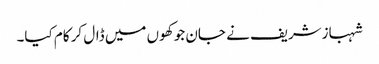
شہبازشریف نے جان جو کھوں میں ڈال کر کام کیا۔